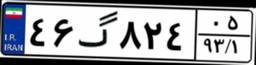
۴۶گ۸۲۴۰۵